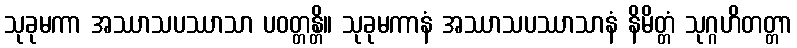
သုခုမကာ အဿာသပဿာသာ ပဝတ္တန္တိ။ သုခုမကာနံ အဿာသပဿာသာနံ နိမိတ္တံ သုဂ္ဂဟိတတ္တာ